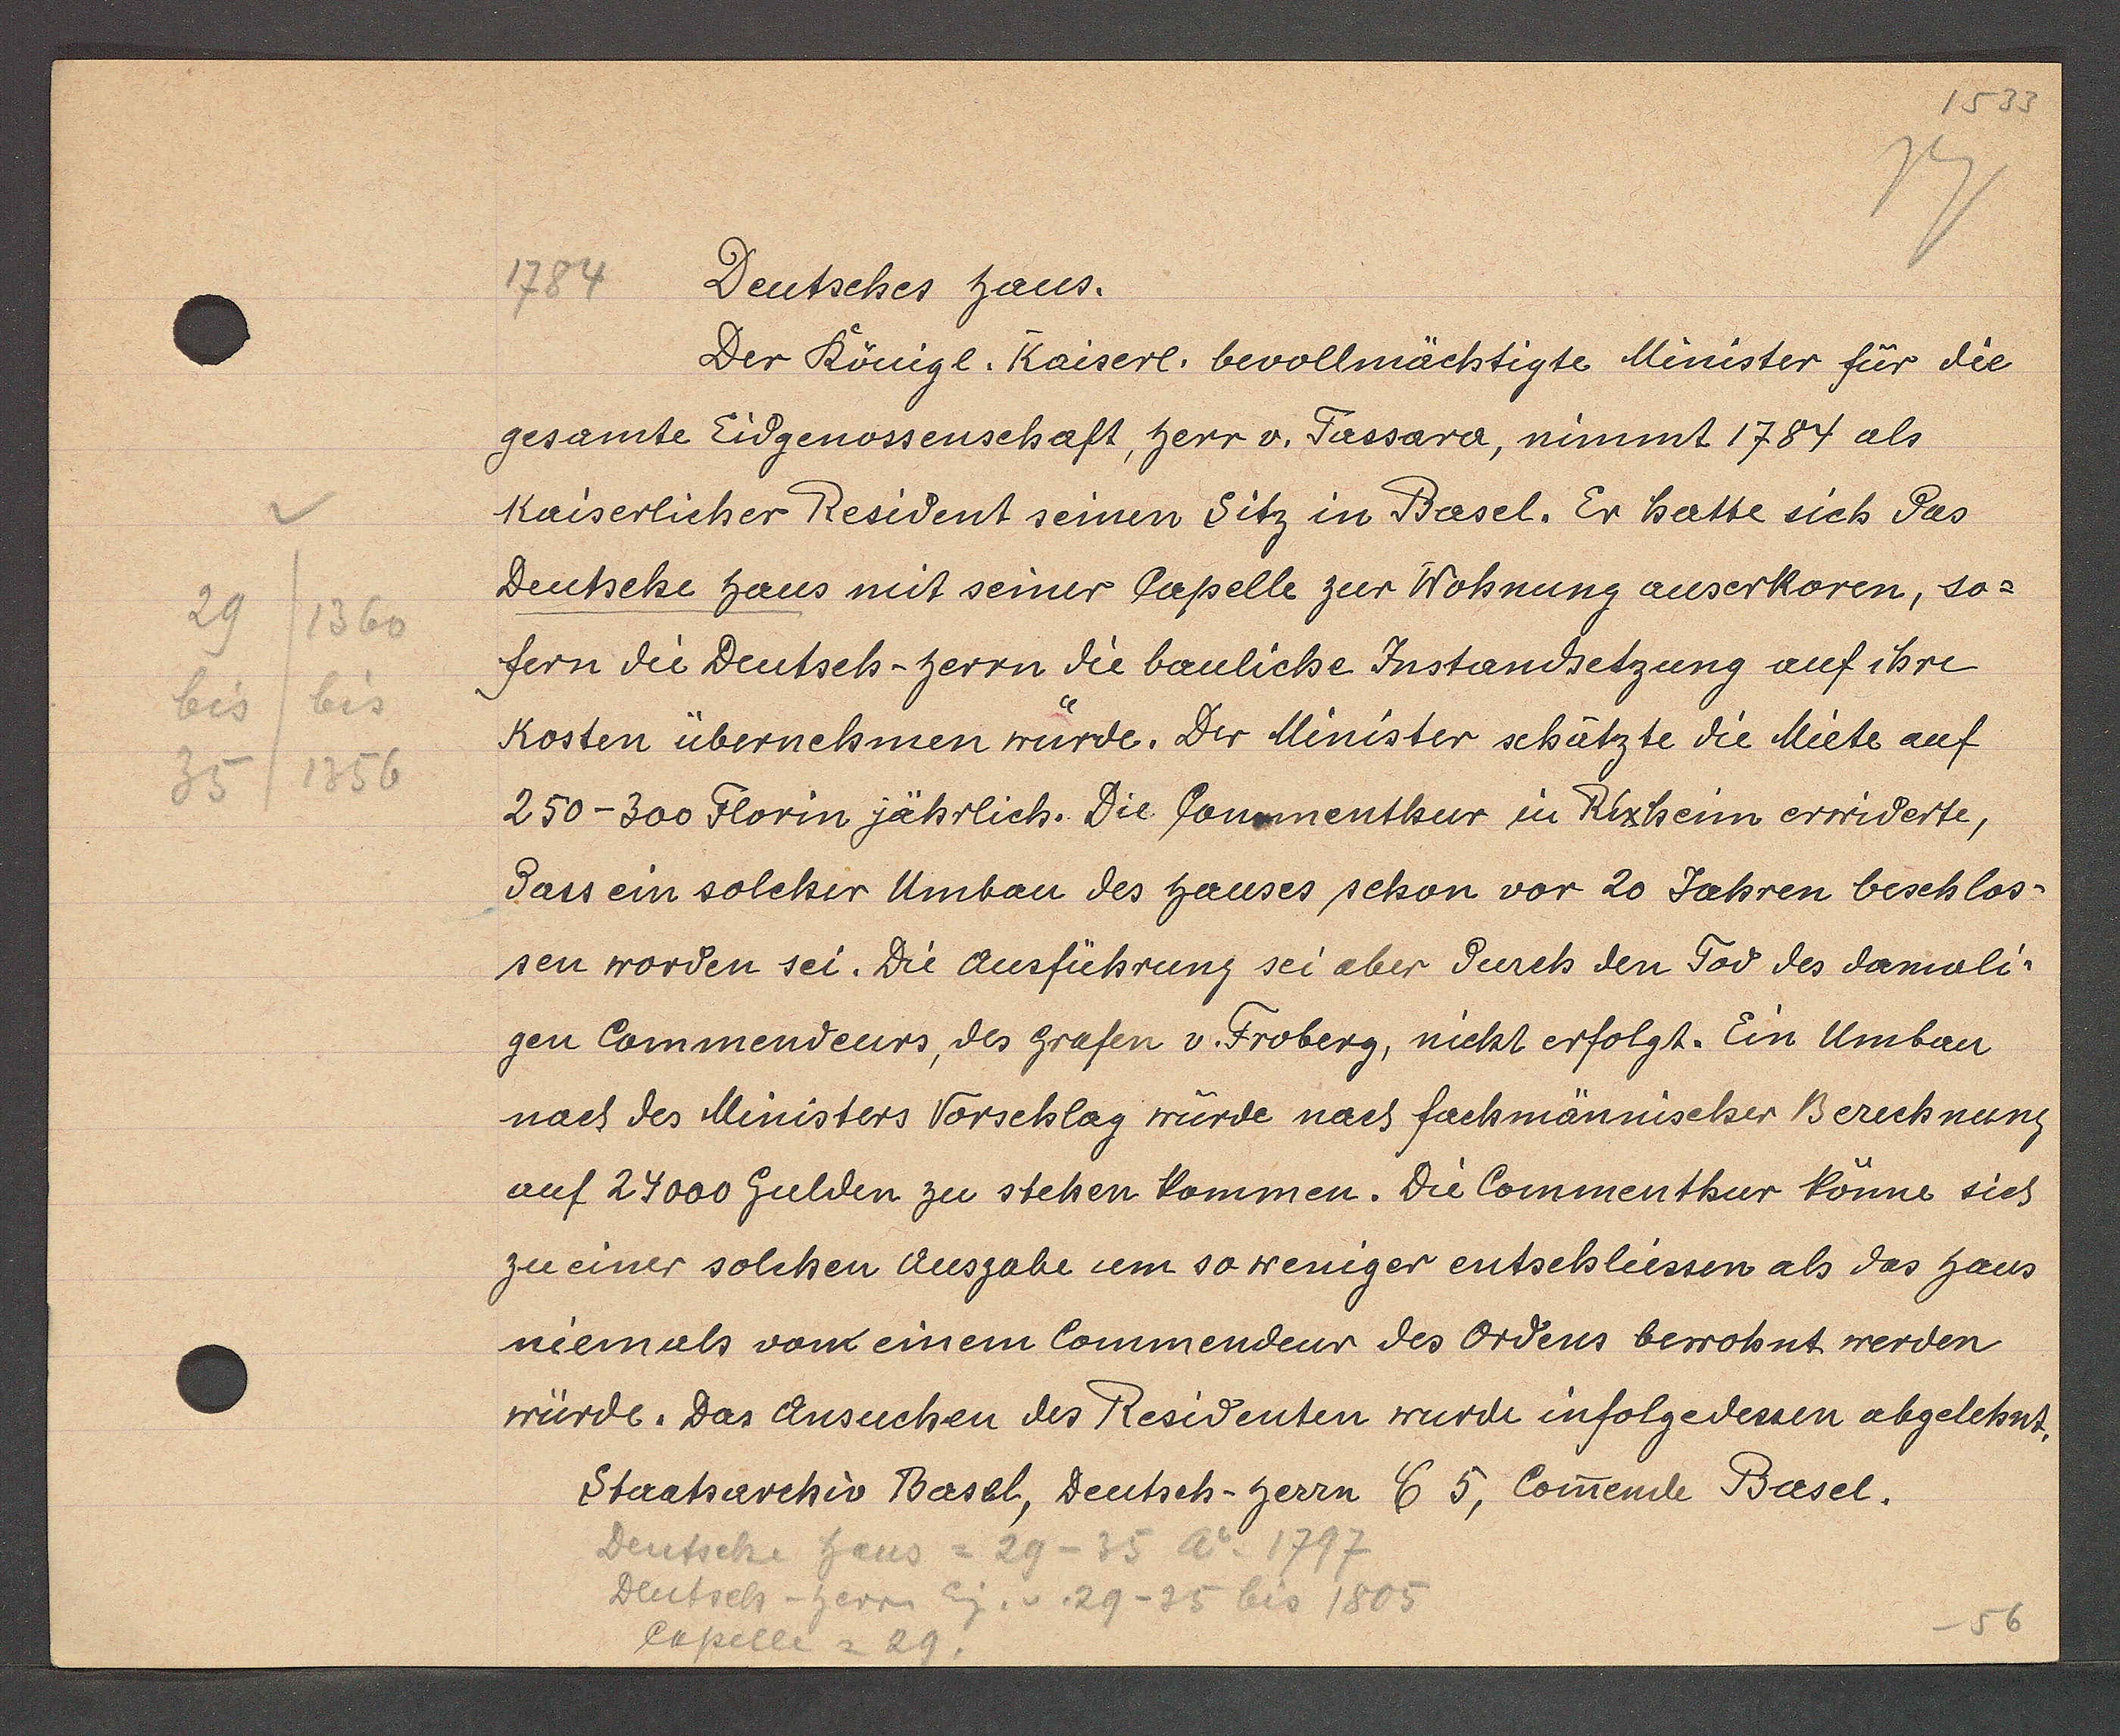
Transcript:
29
1360
bis
bis
1356
35

Deutsches haus.
1784

Der königl. Kaiserl. bevollmächtigte Minister für die
gesamte Eidgenossenschaft, herr v. Fassara, nimmt 1784 als
kaiserlicher Resident seinen Sitz in Basel. Er hatte sich das
Deutsche haus mit seiner Capelle zur Wohnung auserkoren, so¬
fern die Deutsch- herrn die bauliche Instandsetzung auf ihre
Kosten übernehmen würde. Der Minister schätzte die Miete auf
250-300 Florin jährlich. Die Commenthur in Rixheim erwiderte,
dass ein solcher Umbau des hauses schon vor 20 Jahren beschlos¬
sen worden sei. Die ausführung sei aber durch den Tod des damali¬
gen Commendeurs, des Grafen v. Froberg, nicht erfolgt. Ein Umbau
nach des Ministers Vorschlag würde nach fachmännischer Berechnung
auf 24000 Gulden zu stehen Kommen. Die Commenthur könne sich
zu einer solchen Ausgabe um so wenniger entschlüssen als das haus
niemals vom einem Commendeur des Ordens bewohnt werden
würde. Das Aussuchen des Residenten wurde infolgedessen abgelehnt.
Staatsarchiv Basel, Deutsch- herrn E 5, Comende Basel.

Deutsche haus = 29 - 35 Ao 1797
Deutsch-herr Eig. v. 29 - 35 bis 1805
Capelle = 29.